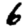
Digit: 6